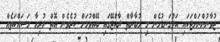
ޒުވާނުންނަށްޓަކައި އަޅުގަނޑުމެން މި މުބާރާތް ރާއްޖޭގައި ބޭއްވުމަށް ކުރެވެން އޮތް ހުރިހާ މަސައްކަތެއް